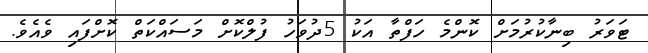
ޓަވަރު ބިނާކުރުމަށް ކޮންމެ ހަފްތާ އަކު 5ދުވަހު ފުލްކޮށް މަސައްކަތް ކޮށްފައި ވެއެވެ.